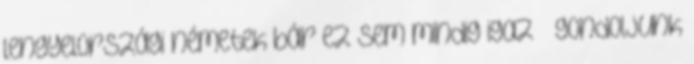
lengyelországi németek bár ez sem mindig igaz – gondoljunk